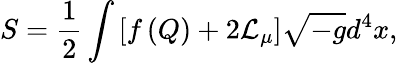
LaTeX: S=\frac{1}{2}\int\left[f\left(Q\right)+{2\mathcal{L}_{\mu}}\right]\sqrt{-g}d^{4}x,